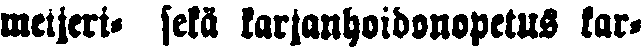
meijeri- sekä karjanhoidonopetus kar-